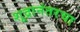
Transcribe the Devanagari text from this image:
शूद्रानंतरचा